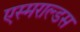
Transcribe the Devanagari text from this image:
एस्मराल्डस